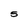
Character: 5